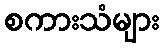
စကားသံများ